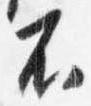
不